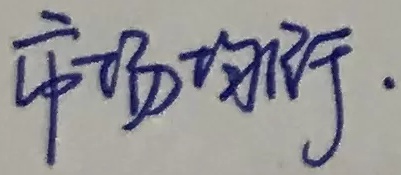
市场均衡.